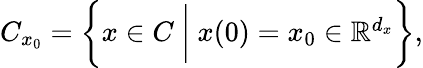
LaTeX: \begin{array}{r}{C_{x_{0}}=\bigg\{ x\in C\ \bigg\vert\ x(0)=x_{0}\in\mathbb{R}^{d_{x}}\bigg\} ,}\end{array}